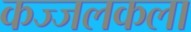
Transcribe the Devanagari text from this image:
कज्जलकला